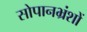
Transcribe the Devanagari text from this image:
सोपानभ्रंशों